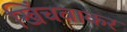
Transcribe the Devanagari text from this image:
खिंचवाकर